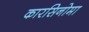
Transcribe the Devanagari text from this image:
कारसिनोमा